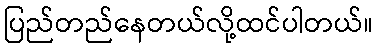
ပြည်တည်နေတယ်လို့ထင်ပါတယ်။